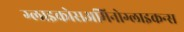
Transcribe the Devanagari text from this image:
ग्लाइकोसअमिनोग्लाइकन्स